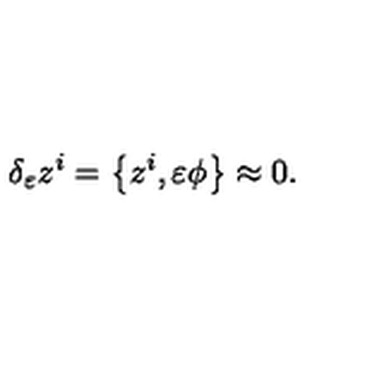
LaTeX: \delta _ { \varepsilon } z ^ { i } = \left\{ z ^ { i } , \varepsilon \phi \right\} \approx 0 .